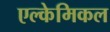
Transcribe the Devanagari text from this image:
एल्केमिकल